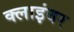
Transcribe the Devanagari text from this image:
क्लाइंबर